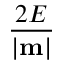
\frac { 2 E } { | { \bf m } | }